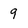
Character: 9